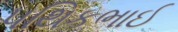
પથિકભાઈ